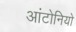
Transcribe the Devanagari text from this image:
आंटोनियो